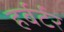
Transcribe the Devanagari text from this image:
हर्बर्टर